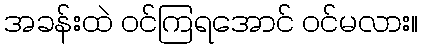
အခန်းထဲ ဝင်ကြရအောင် ဝင်မလား။